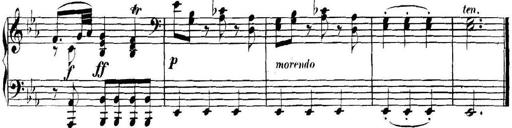
Title: Collected Piano Sonatas
Composer: Muzio Clementi